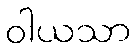
ဝါယသာ